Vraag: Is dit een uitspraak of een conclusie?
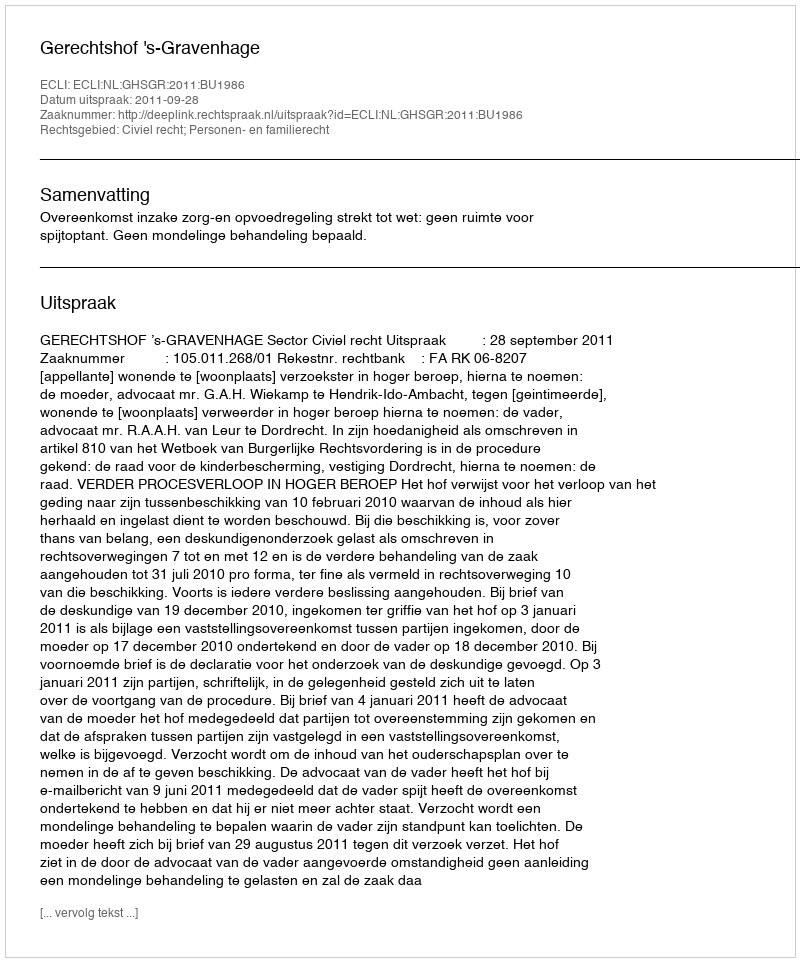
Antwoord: Uitspraak